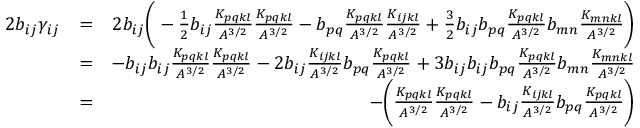
\begin{array} { r l r } { 2 b _ { i j } \gamma _ { i j } } & { = } & { 2 b _ { i j } \bigg ( - \frac { 1 } { 2 } b _ { i j } \frac { K _ { p q k l } } { A ^ { 3 / 2 } } \frac { K _ { p q k l } } { A ^ { 3 / 2 } } - b _ { p q } \frac { K _ { p q k l } } { A ^ { 3 / 2 } } \frac { K _ { i j k l } } { A ^ { 3 / 2 } } + \frac { 3 } { 2 } b _ { i j } b _ { p q } \frac { K _ { p q k l } } { A ^ { 3 / 2 } } b _ { m n } \frac { K _ { m n k l } } { A ^ { 3 / 2 } } \bigg ) } \\ & { = } & { - b _ { i j } b _ { i j } \frac { K _ { p q k l } } { A ^ { 3 / 2 } } \frac { K _ { p q k l } } { A ^ { 3 / 2 } } - 2 b _ { i j } \frac { K _ { i j k l } } { A ^ { 3 / 2 } } b _ { p q } \frac { K _ { p q k l } } { A ^ { 3 / 2 } } + 3 b _ { i j } b _ { i j } b _ { p q } \frac { K _ { p q k l } } { A ^ { 3 / 2 } } b _ { m n } \frac { K _ { m n k l } } { A ^ { 3 / 2 } } } \\ & { = } & { - \bigg ( \frac { K _ { p q k l } } { A ^ { 3 / 2 } } \frac { K _ { p q k l } } { A ^ { 3 / 2 } } - b _ { i j } \frac { K _ { i j k l } } { A ^ { 3 / 2 } } b _ { p q } \frac { K _ { p q k l } } { A ^ { 3 / 2 } } \bigg ) } \end{array}